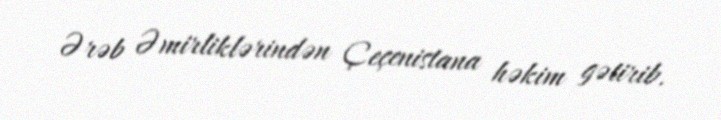
Ərəb Əmirliklərindən Çeçenistana həkim gətirib.